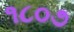
૧૮૦૭